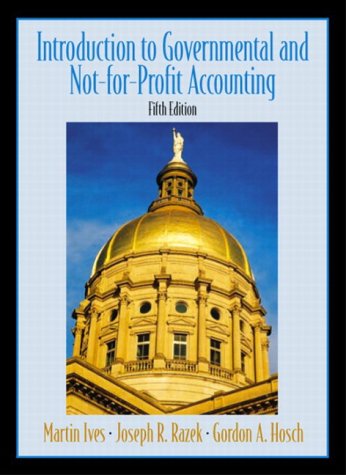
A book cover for Introduction  to Government and Not-for-Profit Accounting, Fifth Edition; Joseph R. Razek; Business & Money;